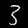
Label: 3